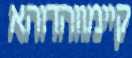
קיימווהדוהא